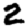
Digit: 2